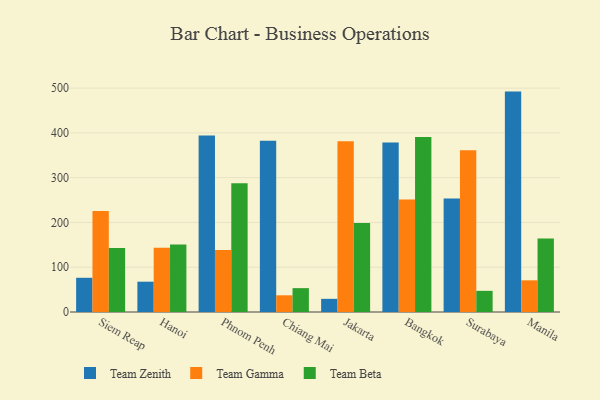
{"axis": {"x": "City", "y": "Backlog"}, "legend": ["Team Beta", "Team Gamma", "Team Zenith"], "data": [{"x": "Siem Reap", "y": 76.4, "type": "Team Zenith"}, {"x": "Siem Reap", "y": 225.3, "type": "Team Gamma"}, {"x": "Siem Reap", "y": 143.0, "type": "Team Beta"}, {"x": "Hanoi", "y": 67.7, "type": "Team Zenith"}, {"x": "Hanoi", "y": 143.5, "type": "Team Gamma"}, {"x": "Hanoi", "y": 150.5, "type": "Team Beta"}, {"x": "Phnom Penh", "y": 394.4, "type": "Team Zenith"}, {"x": "Phnom Penh", "y": 138.6, "type": "Team Gamma"}, {"x": "Phnom Penh", "y": 287.7, "type": "Team Beta"}, {"x": "Chiang Mai", "y": 382.5, "type": "Team Zenith"}, {"x": "Chiang Mai", "y": 37.3, "type": "Team Gamma"}, {"x": "Chiang Mai", "y": 53.3, "type": "Team Beta"}, {"x": "Jakarta", "y": 29.4, "type": "Team Zenith"}, {"x": "Jakarta", "y": 381.1, "type": "Team Gamma"}, {"x": "Jakarta", "y": 199.0, "type": "Team Beta"}, {"x": "Bangkok", "y": 378.8, "type": "Team Zenith"}, {"x": "Bangkok", "y": 251.4, "type": "Team Gamma"}, {"x": "Bangkok", "y": 390.9, "type": "Team Beta"}, {"x": "Surabaya", "y": 253.2, "type": "Team Zenith"}, {"x": "Surabaya", "y": 361.3, "type": "Team Gamma"}, {"x": "Surabaya", "y": 47.2, "type": "Team Beta"}, {"x": "Manila", "y": 492.2, "type": "Team Zenith"}, {"x": "Manila", "y": 70.7, "type": "Team Gamma"}, {"x": "Manila", "y": 164.3, "type": "Team Beta"}]}